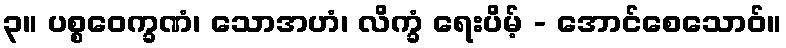
၃။ ပစ္စဝေက္ခဏံ၊ သောအဟံ၊ လိက္ခံ ရေးပိမ့် - အောင်စေသောဝ်။